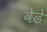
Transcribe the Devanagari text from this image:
वेढे